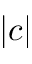
| c |